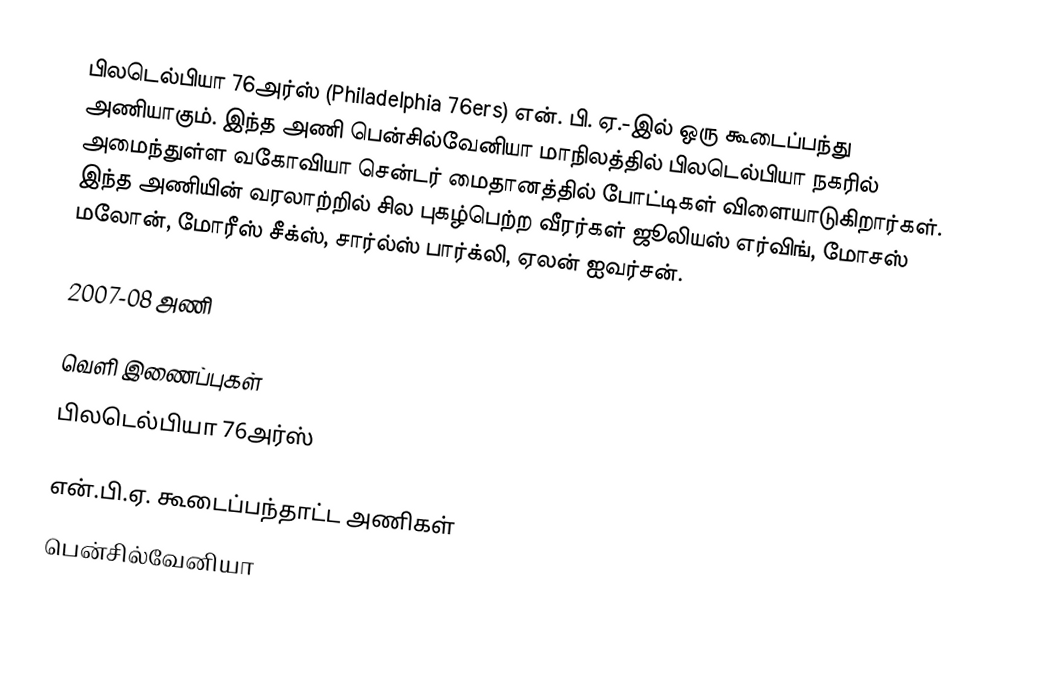
பிலடெல்பியா 76அர்ஸ் (Philadelphia 76ers) என். பி. ஏ.-இல் ஒரு கூடைப்பந்து அணியாகும். இந்த அணி பென்சில்வேனியா மாநிலத்தில் பிலடெல்பியா நகரில் அமைந்துள்ள  வகோவியா சென்டர் மைதானத்தில் போட்டிகள் விளையாடுகிறார்கள். இந்த அணியின் வரலாற்றில் சில புகழ்பெற்ற வீரர்கள் ஜூலியஸ் எர்விங், மோசஸ் மலோன், மோரீஸ் சீக்ஸ், சார்ல்ஸ் பார்க்லி, ஏலன் ஐவர்சன்.

2007-08 அணி

வெளி இணைப்புகள்
 பிலடெல்பியா 76அர்ஸ்

என்.பி.ஏ. கூடைப்பந்தாட்ட அணிகள்
பென்சில்வேனியா